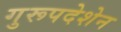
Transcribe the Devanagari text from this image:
गुरूपदेशेन